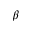
\beta